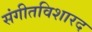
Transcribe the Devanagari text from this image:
संगीतविशारद